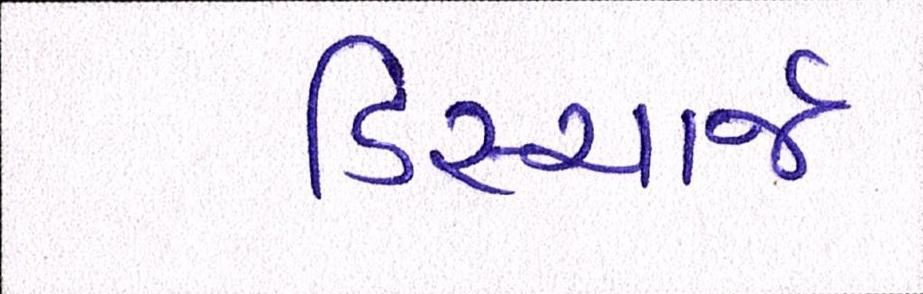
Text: ડિસ્ચાર્જ